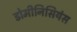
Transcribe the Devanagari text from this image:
डोमीनिसियंस